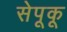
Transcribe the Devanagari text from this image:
सेपूकू